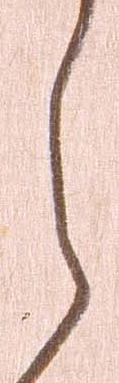
ら